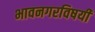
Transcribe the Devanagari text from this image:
भावनगरविषयी